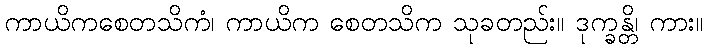
ကာယိကစေတသိကံ၊ ကာယိက စေတသိက သုခတည်း။ ဒုက္ခန္တိ၊ ကား။